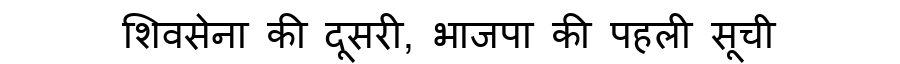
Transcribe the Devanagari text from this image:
शिवसेना की दूसरी, भाजपा की पहली सूची